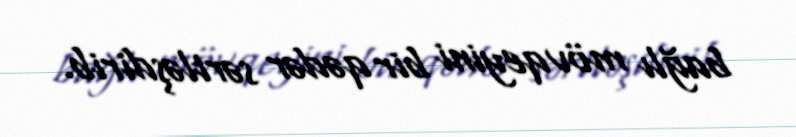
bağlı mövqeyini bir qədər sərtləşdirib.